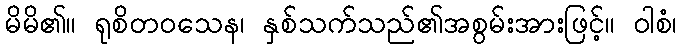
မိမိ၏။ ရုစိတဝသေန၊ နှစ်သက်သည်၏အစွမ်းအားဖြင့်။ ဝါစံ၊